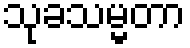
သုခသမ္မတာ